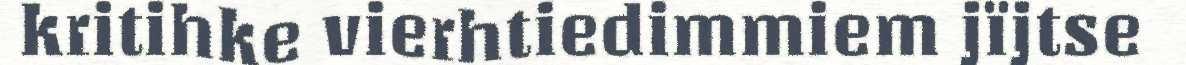
kritihke vierhtiedimmiem jïjtse